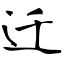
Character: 迁